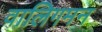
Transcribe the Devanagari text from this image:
वालिगमन